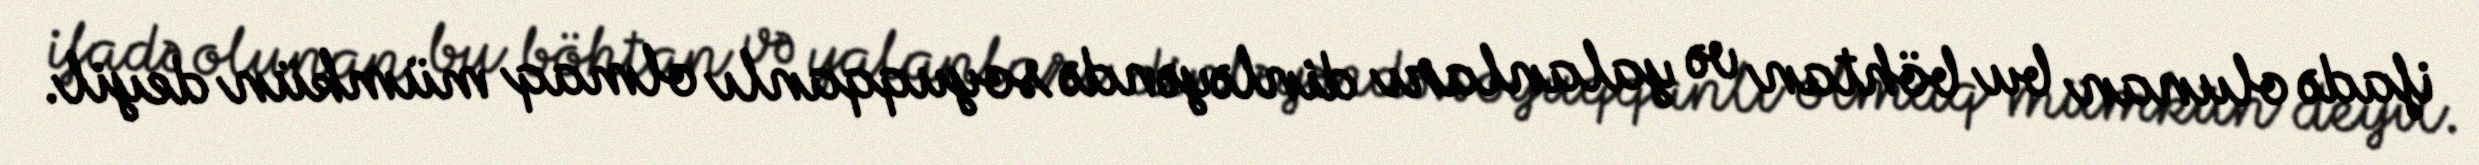
ifadə olunan bu böhtan və yalanları dinləyəndə soyuqqanlı olmaq mümkün deyil.